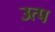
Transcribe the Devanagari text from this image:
उत्प